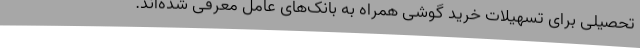
تحصیلی برای تسهیلات خرید گوشی همراه به بانک‌های عامل معرفی شده‌اند.